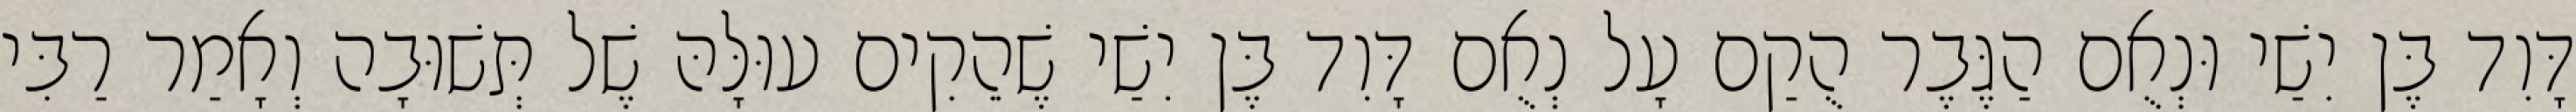
דָּוִד בֶּן יִשַׁי וּנְאֻם הַגֶּבֶר הֻקַם עָל נְאֻם דָּוִד בֶּן יִשַׁי שֶׁהֵקִים עוּלָּהּ שֶׁל תְּשׁוּבָה וְאָמַר רַבִּי